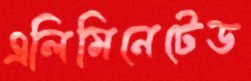
এলিমিনেটেড